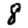
Digit: 8